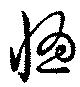
惚